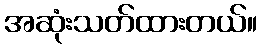
အဆုံးသတ်ထားတယ်။